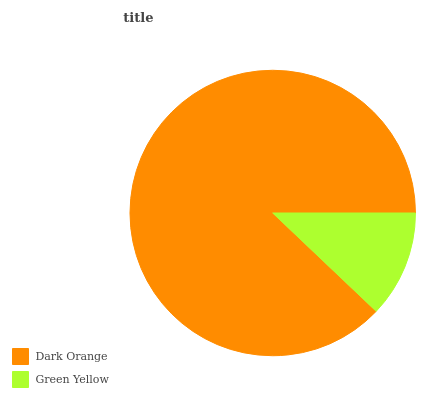
| Dark Orange | Green Yellow |
 | --- | --- |
 | 87.9% | 12.1% |